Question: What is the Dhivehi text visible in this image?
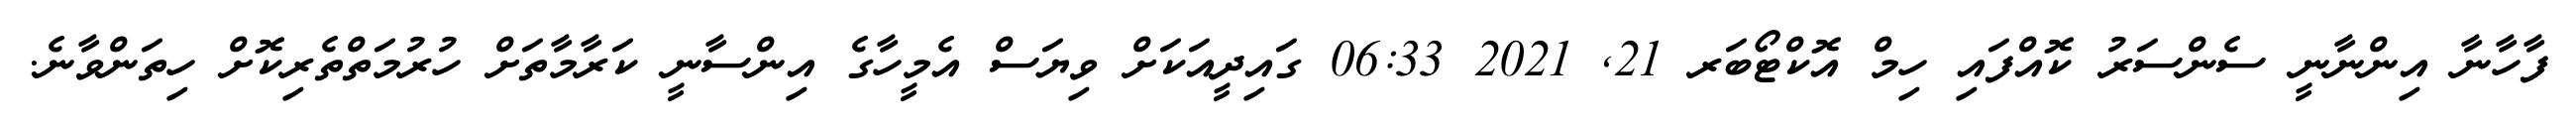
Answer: ފާހާނާ އިންނާނީ ސެންސަރު ކޮއްފައި ހިމް އޮކްޓޯބަރ 21, 2021 06:33 ގައިދީއަކަށް ވިޔަސް އެމީހާގެ އިންސާނީ ކަރާމާތަށް ހުރުމަތްތެރިކޮށް ހިތަންވާނެ.